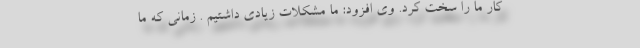
کار ما را سخت کرد. وی افزود: ما مشکلات زیادی داشتیم . زمانی که ما